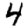
Digit: 4